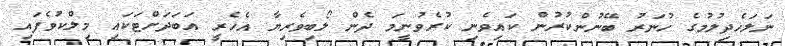
ނަލަހެދިލުމުގެ ހުނަރު ބޭނުންކުރުން ކައިވެނި ކުރެވުނީމަ ދެން ލޯބިވެރިޔާ އެހެރީ އަބަދަށްޓަކައި މިލްކުވެފައި